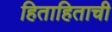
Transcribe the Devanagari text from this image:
हिताहिताची